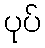
ပုပ်